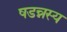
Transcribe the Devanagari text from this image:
षडन्नस्य